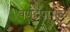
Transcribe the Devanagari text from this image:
वर्णद्वेषामुळे